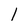
Character: l